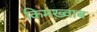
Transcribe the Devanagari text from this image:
किमख़्वाब